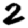
Digit: 2